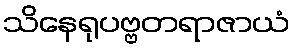
သိနေရုပဗ္ဗတရာဇာယံ